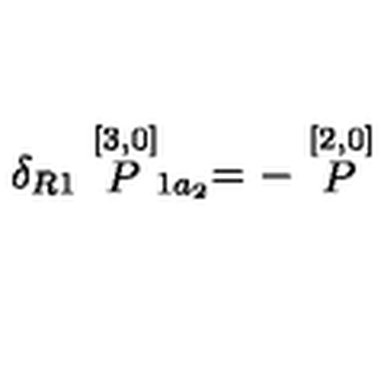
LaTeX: \delta _ { R 1 } \stackrel { [ 3 , 0 ] } { P } _ { 1 a _ { 2 } } = - \stackrel { [ 2 , 0 ] } { P }